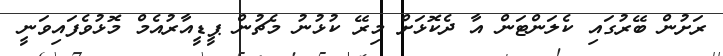
ރަށުން ބޭރުގައި ކެލަންޓަން އާ ދެކޮޅަށް މިރޭ ކުޅުނު މެޗުން ޕީޑީއާރުއެމް މޮޅުވެފައިވަނީ